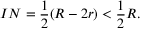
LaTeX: I N = { \frac { 1 } { 2 } } ( R - 2 r ) < { \frac { 1 } { 2 } } R .